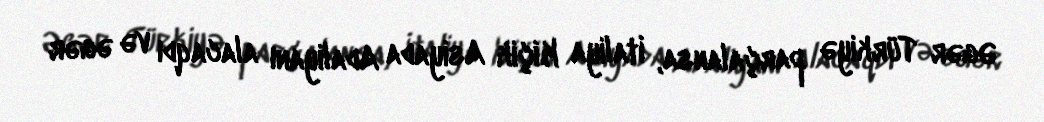
Əgər Türkiyə parçalansa, İtaliya Kiçik Asiyada Adaliyanı alacaqdı və əgər